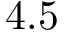
4 . 5